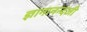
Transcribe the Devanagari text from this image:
ज्ञानानन्दजी